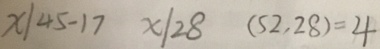
x \vert 4 5 - 1 7 x \vert 2 8 ( 5 2 , 2 8 ) = 4